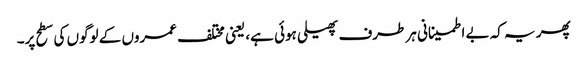
پھر یہ کہ بے اطمینانی ہر طرف پھیلی ہوئی ہے، یعنی مختلف عمروں کے لوگوں کی سطح پر۔